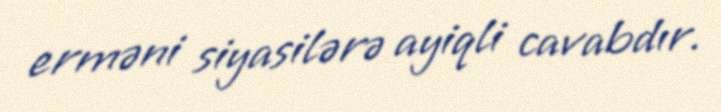
erməni siyasilərə ayiqli cavabdır.